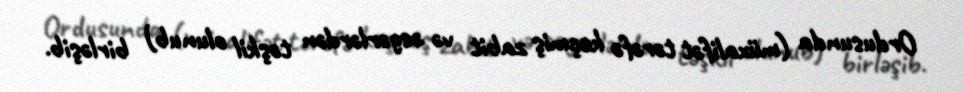
Ordusunda (müxalifət tərəfə keçmiş zabit və əsgərlərdən təşkil olunub) birləşib.